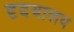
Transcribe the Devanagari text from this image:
दृदयालय